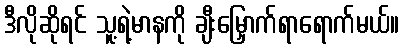
ဒီလိုဆိုရင် သူ့ရဲ့မာနကို ချီးမြှောက်ရာရောက်မယ်။